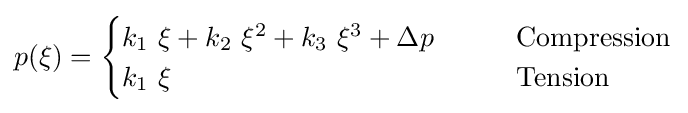
p(\xi )={\begin{cases}k_{1}~\xi +k_{2}~\xi ^{2}+k_{3}~\xi ^{3}+\Delta p&\qquad {\text{Compression}}\\k_{1}~\xi &\qquad {\text{Tension}}\end{cases}}